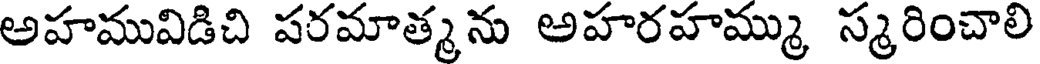
అహమువిడిచి పరమాత్మను అహరహమ్ము స్మరించాలి